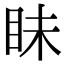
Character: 眛